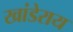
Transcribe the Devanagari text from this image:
खांडेराय